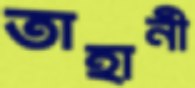
তাহানী